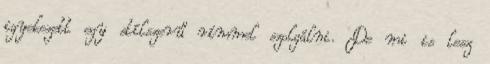
igyekezett egy stílszerű rímmel szolgálni. De mi is lesz